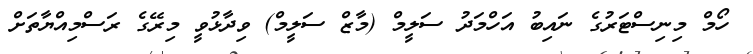
ހޯމް މިނިސްޓަރުގެ ނައިބު އަހްމަދު ސަލީމް (މާޒް ސަލީމް) ވިދާޅުވީ މިރޭގެ ރަސްމިއްޔާތަށް